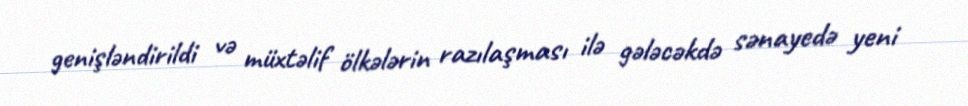
genişləndirildi və müxtəlif ölkələrin razılaşması ilə gələcəkdə sənayedə yeni